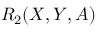
R _ { 2 } ( X , Y , A )